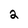
Character: 2